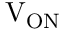
\mathrm { V _ { O N } }